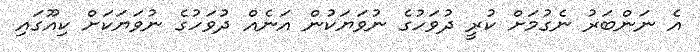
އެ ނަންބަރު ނެގުމަށް ކުރީ ދުވަހުގެ ނުވަޔަކުން އަނެއް ދުވަހުގެ ނުވަޔަކަށް ކިއޫގައި